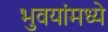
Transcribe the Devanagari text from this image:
भुवयांमध्ये